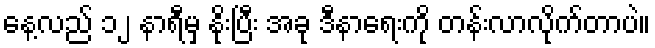
နေ့လည် ၁၂ နာရီမှ နိုးပြီး အခု ဒီနာရေးကို တန်းလာလိုက်တာပဲ။